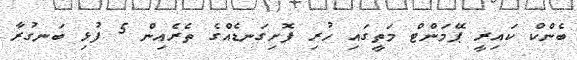
ބެންކް ކައިރީ ޕޭމަންޓް މަތީގައި ހުރި ފޮށިގަނޑެއްގެ ތެރެއިން 5 ފުޅި ބަނގުރާ